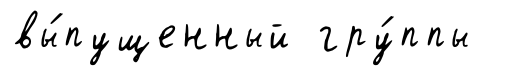
вы́пущенный гру́ппы